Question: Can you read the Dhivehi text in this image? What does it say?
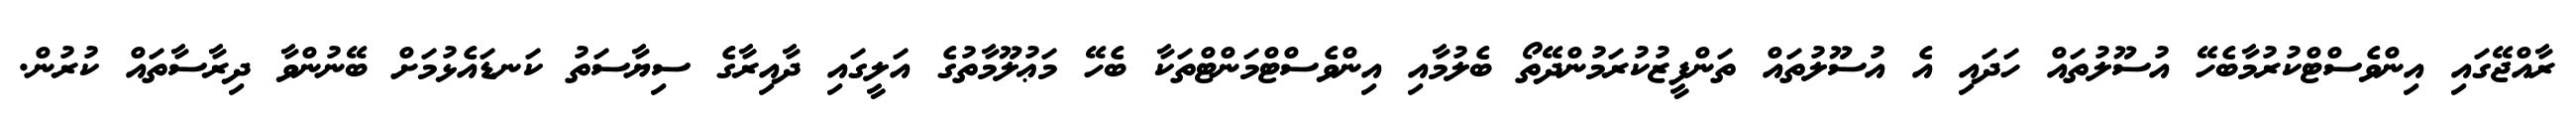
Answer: ރާއްޖޭގައި އިންވެސްޓްކުރުމާބެހޭ އުސޫލުތައް ހަދައި އެ އުސޫލުތައް ތަންފީޒުކުރަމުންދޭތޯ ބެލުމާއި އިންވެސްޓްމަންޓްތަކާ ބެހޭ މަޢުލޫމާތުގެ އަލީގައި ދާއިރާގެ ސިޔާސަތު ކަނޑައެޅުމަށް ބޭނުންވާ ދިރާސާތައް ކުރުން.